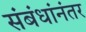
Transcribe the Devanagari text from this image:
संबंधांनंतर